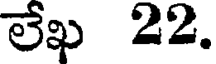
లేఖ 22.